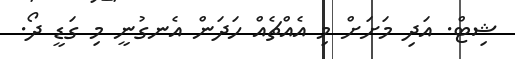
ޝިޓް. އަދި މަށަށް މި އެއްޗެއް ހަދަން އެނގުނީ މި ގަޑީ ދޯ.